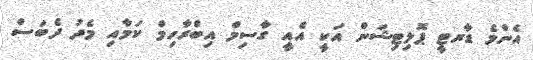
އެންމެ ޑާރޓީ ޕޮލިޓިޝަން އަކީ އެއީ ގާސިމް އިބްރާހިމް ކަމާއި މެދު ދެބަސް